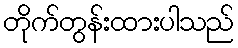
တိုက်တွန်းထားပါသည်